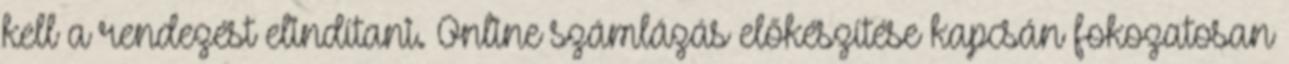
kell a rendezést elindítani. Online számlázás előkészítése kapcsán fokozatosan